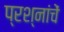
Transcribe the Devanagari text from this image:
प्रश्नांचें